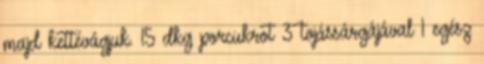
majd kettévágjuk. 15 dkg porcukrot 3 tojássárgájával 1 egész